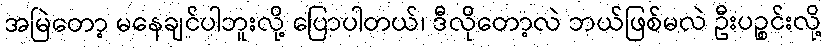
အမြဲတော့ မနေချင်ပါဘူးလို့ ပြောပါတယ်၊ ဒီလိုတော့လဲ ဘယ်ဖြစ်မလဲ ဦးပဉ္စင်းလို့